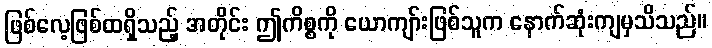
ဖြစ်လေ့ဖြစ်ထရှိသည့် အတိုင်း ဤကိစ္စကို ယောကျာ်းဖြစ်သူက နောက်ဆုံးကျမှသိသည်။